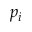
p _ { i }